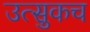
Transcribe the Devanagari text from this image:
उत्सुकच